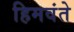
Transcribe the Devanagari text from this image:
हिमवंते